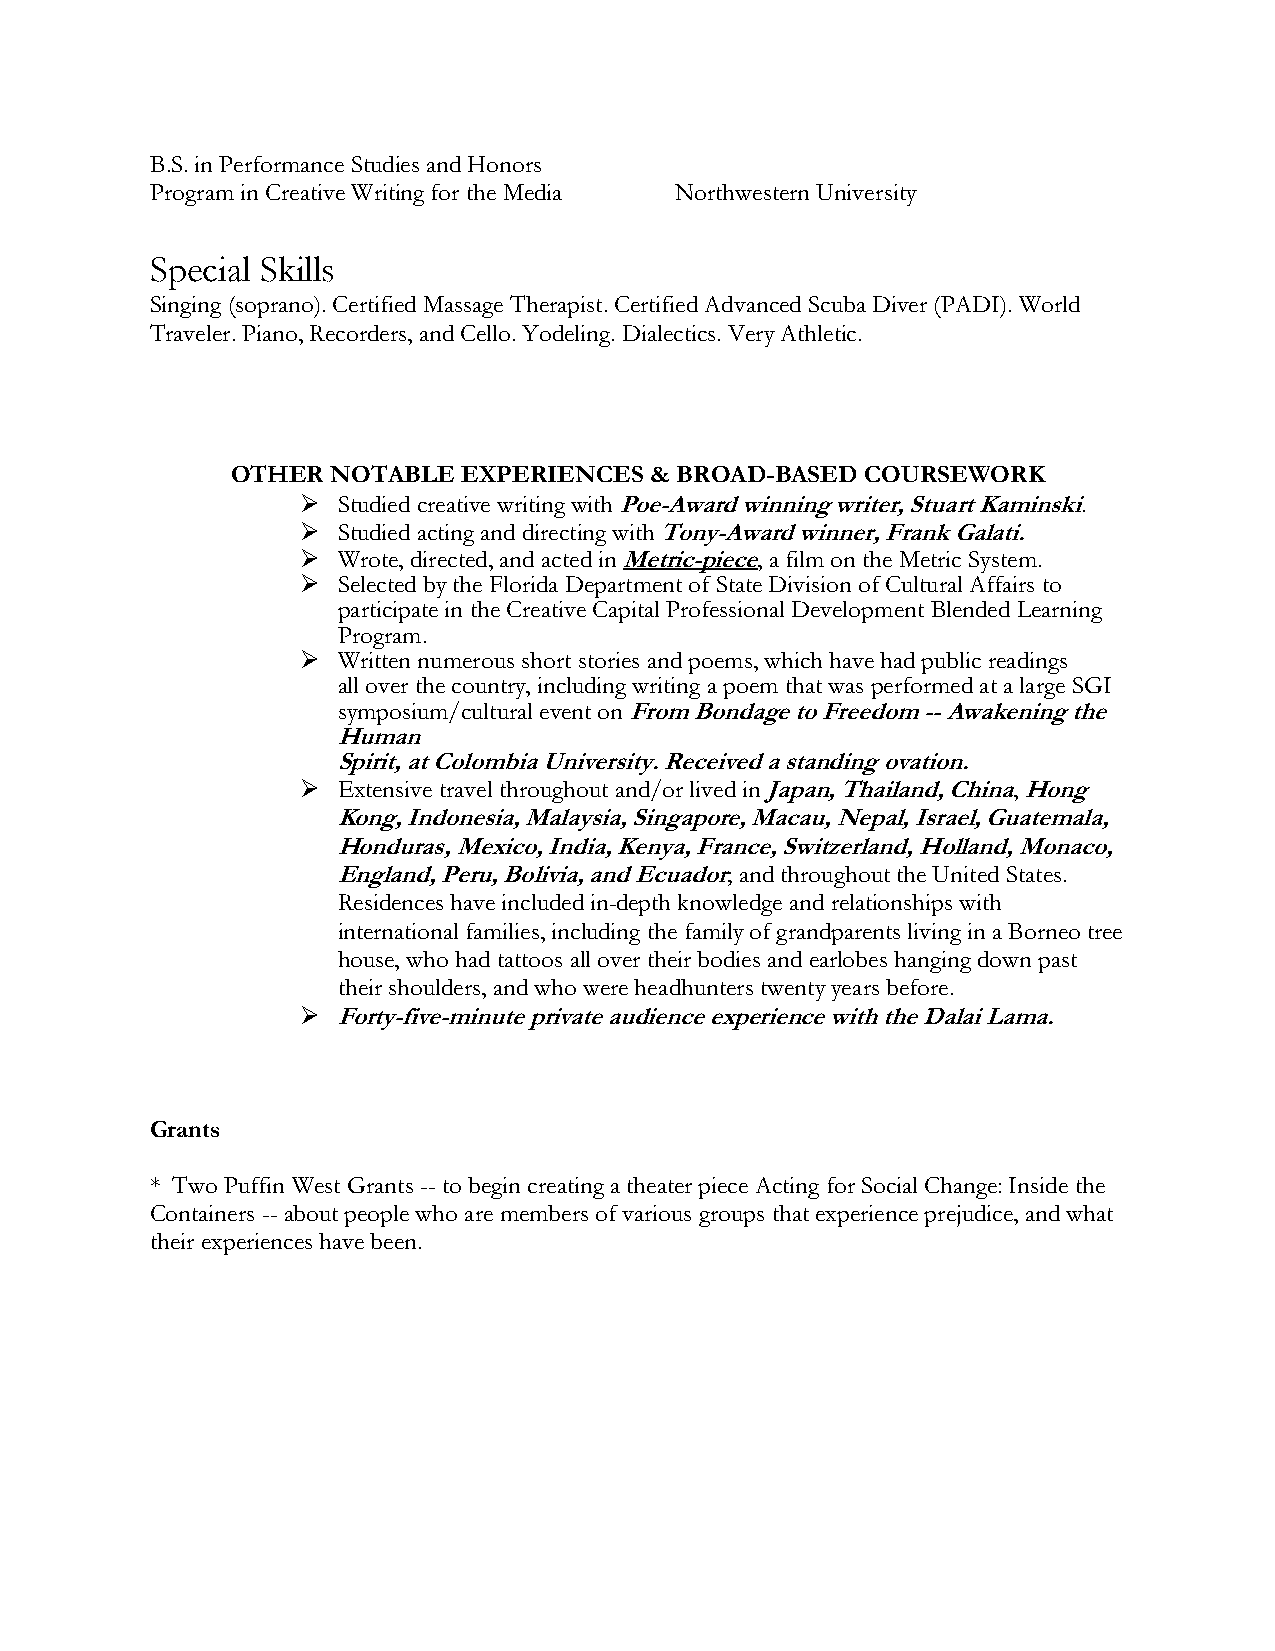
B.S. in Performance Studies and Honors
 Program in Creative Writing for the Media Northwestern University
 Special Skills
 Singing (soprano). Certified Massage Therapist. Certified Advanced Scuba Diver (PADI). World
 Traveler. Piano, Recorders, and Cello. Yodeling. Dialectics. Very Athletic.
 OTHER  NOTABLE  EXPERIENCES & BROAD-BASED COURSEWORK
 ➢ Studied creative writing with Poe-Award winning writer, Stuart Kaminski.
 ➢ Studied acting and directing with Tony-Award winner, Frank Galati.
 ➢ Wrote, directed, and acted in Metric-piece, a film on the Metric System.
 ➢ Selected by the Florida Department of State Division of Cultural Affairs to
 participate in the Creative Capital Professional Development Blended Learning
 Program.
 ➢ Written numerous short stories and poems, which have had public readings
 all over the country, including writing a poem that was performed at a large SGI
 symposium/cultural event on From Bondage to Freedom -- Awakening the
 Human
 Spirit, at Colombia University. Received a standing ovation.
 ➢ Extensive travel throughout and/or lived in Japan, Thailand, China, Hong
 Kong, Indonesia, Malaysia, Singapore, Macau, Nepal, Israel, Guatemala,
 Honduras, Mexico, India, Kenya, France, Switzerland, Holland, Monaco,
 England, Peru, Bolivia, and Ecuador; and throughout the United States.
 Residences have included in-depth knowledge and relationships with
 international families, including the family of grandparents living in a Borneo tree
 house, who had tattoos all over their bodies and earlobes hanging down past
 their shoulders, and who were headhunters twenty years before.
 ➢ Forty-five-minute private audience experience with the Dalai Lama.
 Grants
 * Two Puffin West Grants -- to begin creating a theater piece Acting for Social Change: Inside the
 Containers -- about people who are members of various groups that experience prejudice, and what
 their experiences have been.